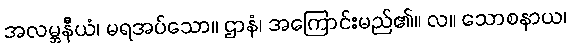
အလမ္ဘနီယံ၊ မရအပ်သော။ ဌာနံ၊ အကြောင်းမည်၏။ လ။ သောစနာယ၊